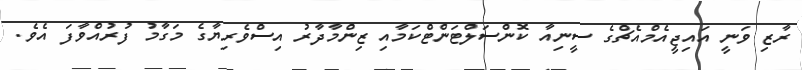
ރާޒި ވަނީ އައިޖީއެމްއެޗްގެ ސީނިއާ ކޮންސަލްޓަންޓްކަމާއި ޒިންމާދާރު އިސްވެރިޔާގެ މަގާމު ފުރުއްވާފަ އެވެ.